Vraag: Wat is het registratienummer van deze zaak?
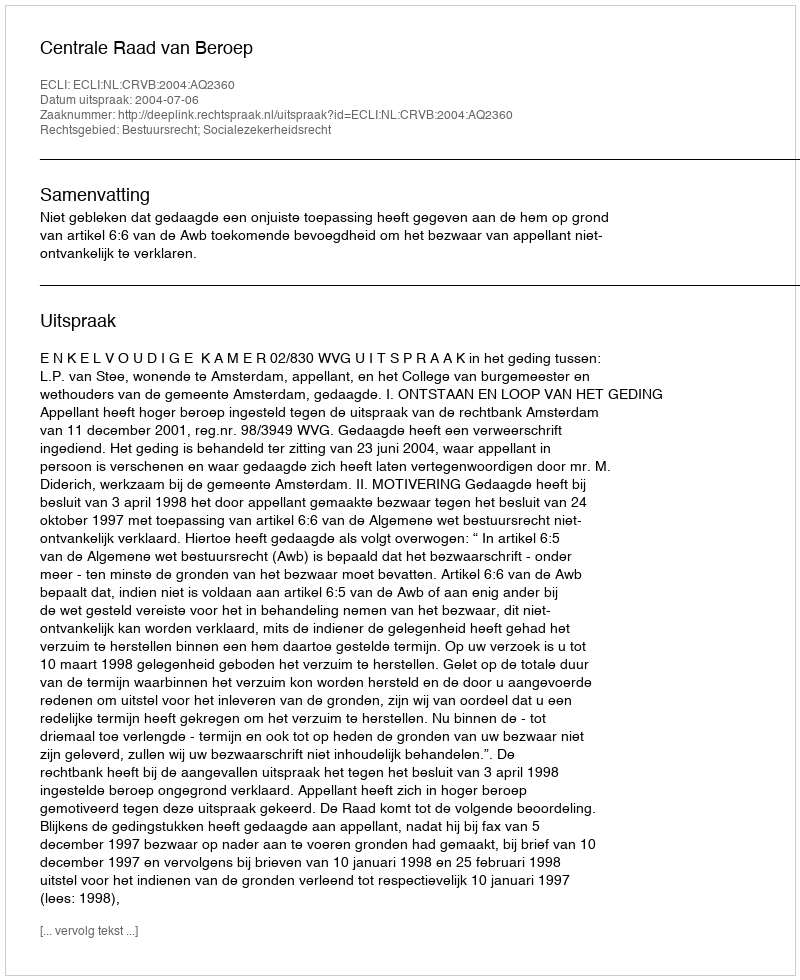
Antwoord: http://deeplink.rechtspraak.nl/uitspraak?id=ECLI:NL:CRVB:2004:AQ2360